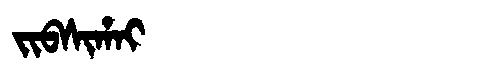
Manchu: ᠵᡳᠪᠰᡳᡥᠠᡳ
Romanization: JIBSIHAI